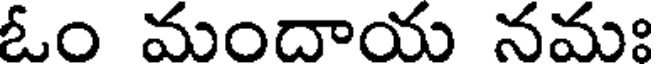
ఓం మందాయ నమః